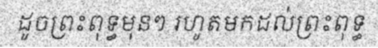
ដូចព្រះពុទ្ធមុនៗ រហូតមកដល់ព្រះពុទ្ធ